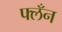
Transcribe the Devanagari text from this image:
फ्लँन